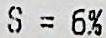
S = 6%